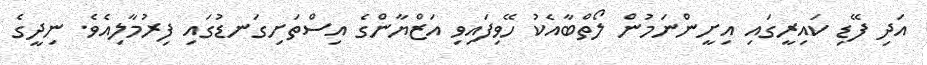
އަދި ފޭޑިި ކައިރީގައި އިށީންނަމުން ލޯތްބާއެކު ހޭވިފައިވި އަޒްޔާންގެ އިސްތަށިގަނޑުގައި ފިރުމާލިއެވެ. ނިދީގެ